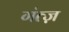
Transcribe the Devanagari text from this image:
गंत्ज़